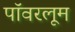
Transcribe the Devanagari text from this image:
पॉवरलूम